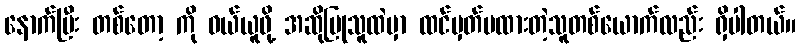
နောက်ပြီး တစ်တော့ ကို ဝယ်ယူဖို့ အဆိုပြုသူထဲမှာ ထင်မှတ်မထားတဲ့သူတစ်ယောက်လည်း ရှိပါတယ်။